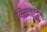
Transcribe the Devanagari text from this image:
पिस्काटर